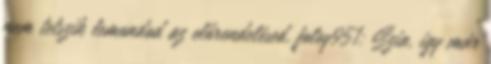
nem tetszik lemondod az előrendelésed. foley951: Szia, igy már